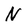
Character: N